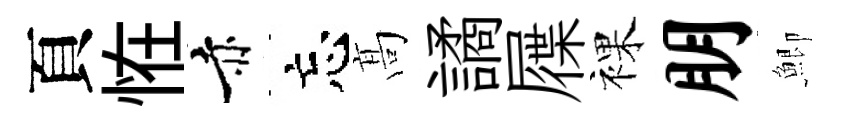
頁恠赤忘髙譎屧裸朋鯽